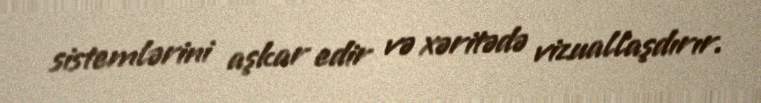
sistemlərini aşkar edir və xəritədə vizuallaşdırır.